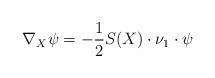
\begin{align*}\nabla_X\psi=-\frac{1}{2}S(X)\cdot\nu_1\cdot\psi\end{align*}